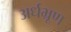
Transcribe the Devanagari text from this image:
अर्धभ्रूण